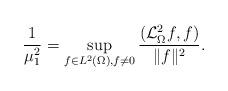
LaTeX: \begin{align*}\frac{1}{\mu_{1}^{2}}=\sup_{f\in L^{2}(\Omega), f\not=0}\frac{(\mathcal{L}^{2}_\Omega f,f)}{\| f\|^{2}}.\end{align*}